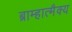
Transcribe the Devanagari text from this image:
ब्राम्हात्मैक्य